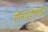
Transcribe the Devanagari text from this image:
सीमाप्रदेशातील